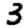
Digit: 3